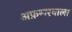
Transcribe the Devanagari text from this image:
अफ़सरवाला